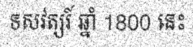
ទសវត្សរ៍ ឆ្នាំ 1800 នេះ